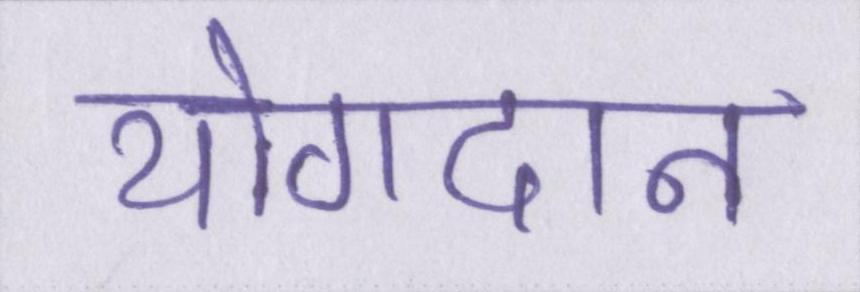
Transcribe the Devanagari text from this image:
योगदान